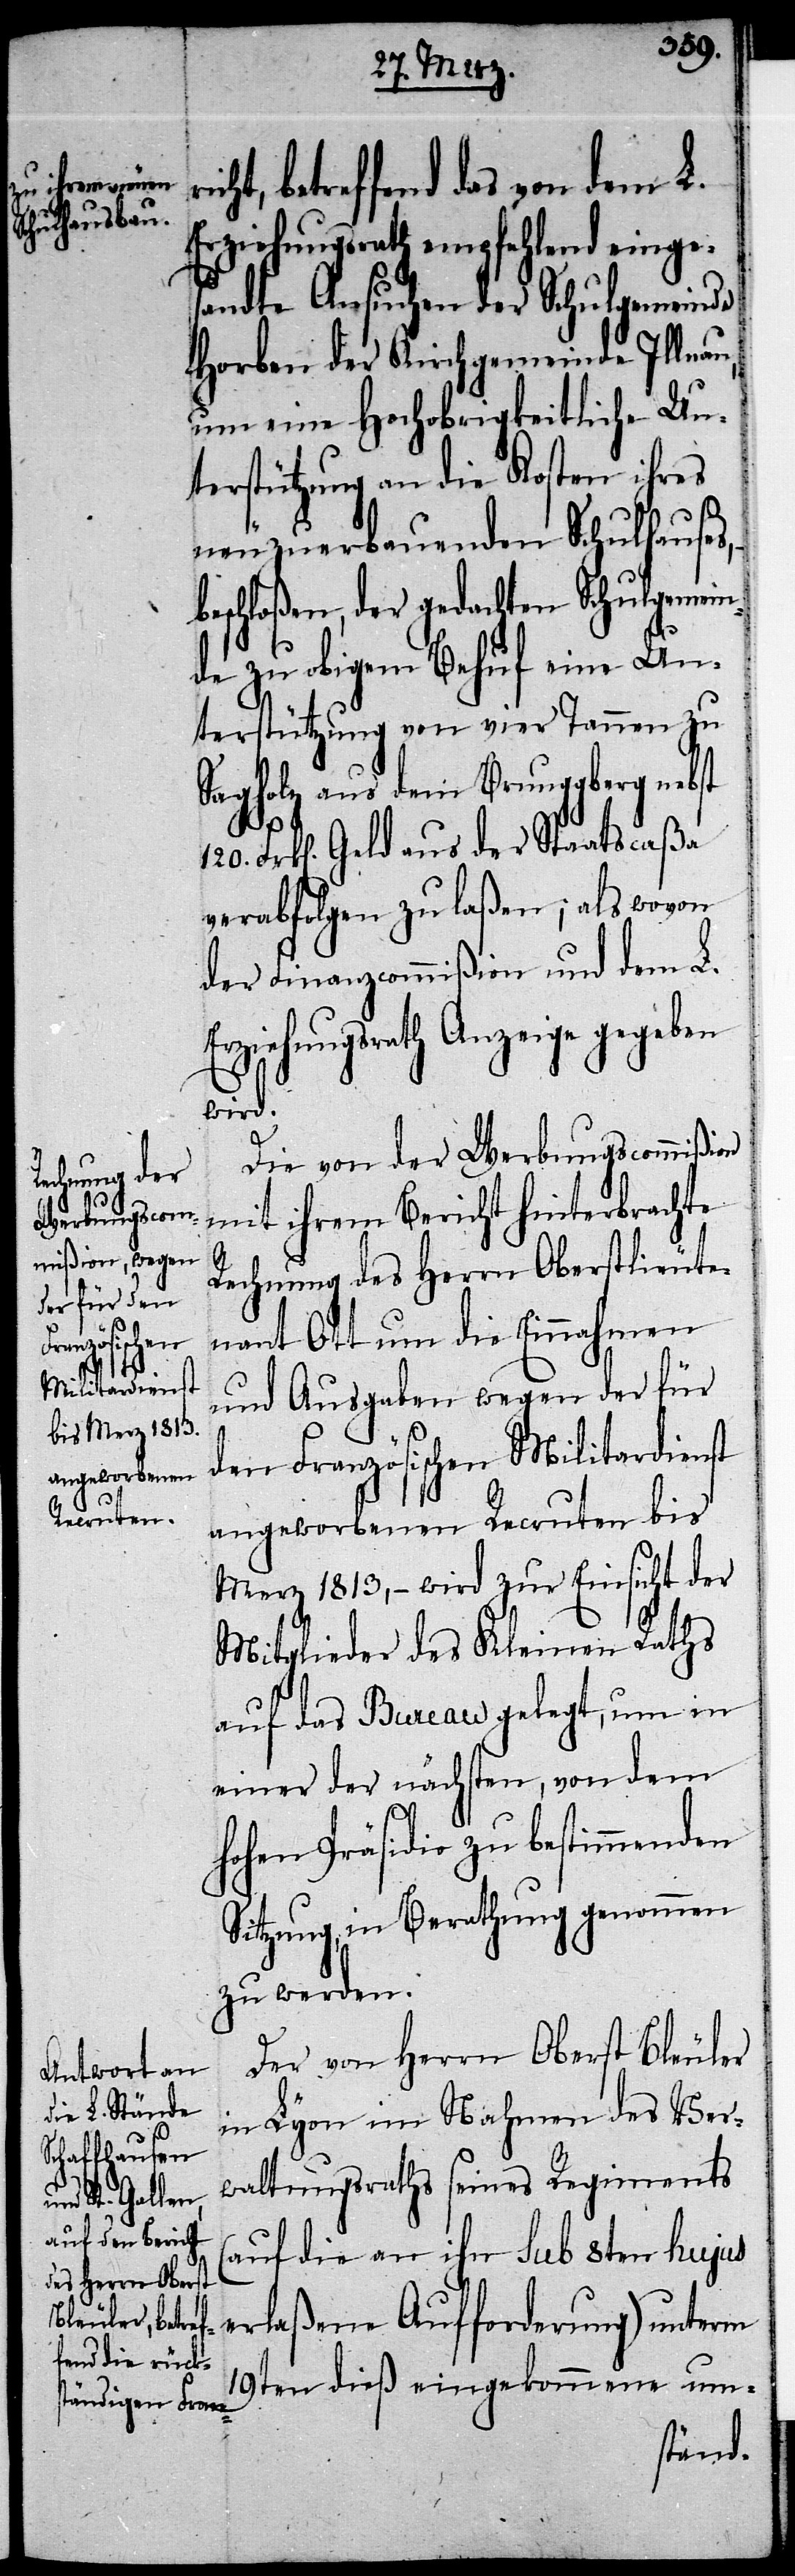
betreffend das von dem L.
Erziehungsrath empfehlend einge¬
sandte Ansuchen der Schulgemeinde
Horben der Kirchgemeinde Illnau,
um eine Hochobrigkeitliche Un¬
terstützung an die Kosten ihres
neuzuerbauenden Schulhauses,
beschloßen, der gedachten Schulgemein¬
de zu obigem Behuf eine Un¬
terstützung von vier Tannen zu
Sagholz aus dem Brunggberg nebst
Frk[en]. Geld aus der Staatscaßa
verabfolgen zu laßen; als wovon
der Finanzcommißion und dem L.
Erziehungsrath Anzeige gegeben
wird.
Die von der Werbungscommißion
mit ihrem Bericht hinterbrachte
Rechnung des Herrn Oberstlieute¬
nant Ott um die Einnahmen
und Ausgaben wegen der für
den Französischen Militardienst
angeworbenen Recruten bis
Merz 1813, – wird zur Einsicht der
Mitglieder des Kleinen Raths
auf das Bureau gelegt, um in
einer der nächsten, von dem
hohen Präsidio zu bestimmenden
Sitzung, in Berathung genommen
zu werden.
Der von Herrn Oberst Bleuler
in Lyon im Nahmen des Ver¬
waltungsraths seines Regiments
(auf die an ihn sub 8ten hujus
erlaßene Aufforderung) unterm
19ten dieß eingekommene um-